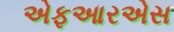
એફઆરએસ